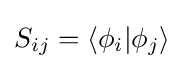
S_{ij}=\langle \phi _{i}|\phi _{j}\rangle